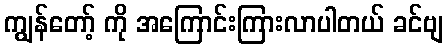
ကျွန်တော့် ကို အကြောင်းကြားလာပါတယ် ခင်ဗျ